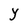
Character: Y